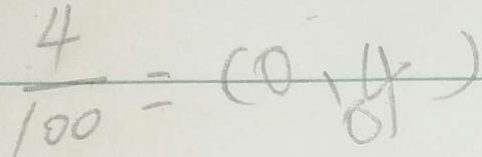
\frac { 4 } { 1 0 0 } = ( 0 . 0 4 )